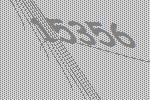
15356